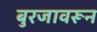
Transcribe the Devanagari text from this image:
बुरजावरून